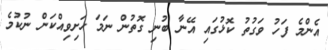
އެންމެ ފަހު ވަގުތު ކޮޅުގައި އޭނާ ބުނި ގޮތުން ނަމަ ހަށިވިއްކަން ނުކުމެ